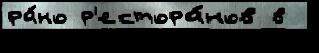
ра́но р'естора́нов в